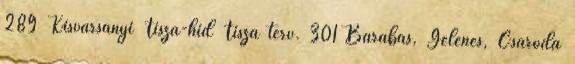
289 Kisvarsányi Tisza-híd Tisza terv. 301 Barabás, Gelénes, Csaroda